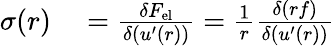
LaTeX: \begin{array}{rl}{\sigma(r)}&{{}=\frac{\delta{F}_{\mathrm{{el}}}}{\delta(u^{\prime}(r))}=\frac{1}{r}\frac{\delta(rf)}{\delta(u^{\prime}(r))}}\end{array}